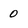
Character: 0